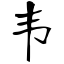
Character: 韦